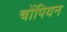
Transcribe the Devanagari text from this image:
चोंपियन